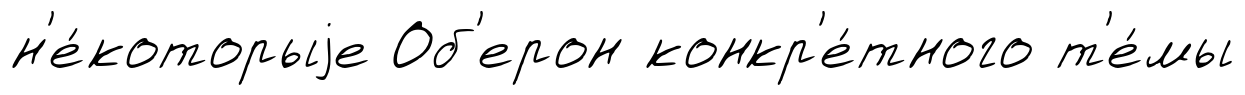
н'е́которыjе Об'ерон конкр'е́тного т'е́мы